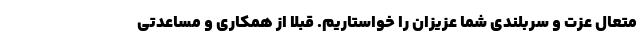
متعال عزت و سربلندی شما عزیزان را خواستاریم. قبلا از همکاری و مساعدتی